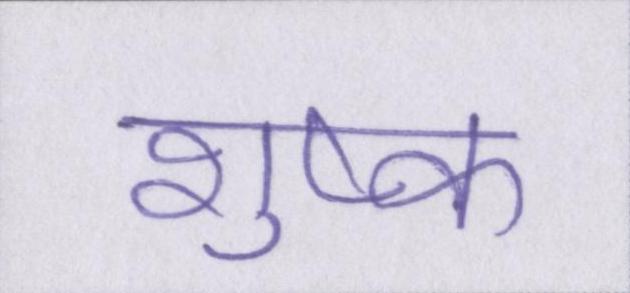
शुष्क